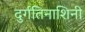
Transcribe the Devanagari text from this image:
दुर्गतिनाशिनी